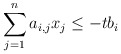
\begin{align*}\sum_{j=1}^n a_{i,j} x_j \leq - tb_i \end{align*}